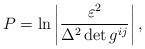
LaTeX: \begin{align*} P=\ln\left |\frac{{\varepsilon}^2}{\Delta^2 \det g^{ij}}\right |,\end{align*}